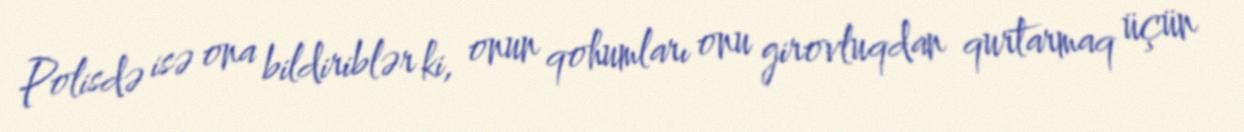
Polisdə isə ona bildiriblər ki, onun qohumları onu girovluqdan qurtarmaq üçün